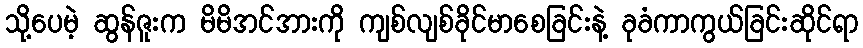
သို့ပေမဲ့ ဆွန်ဇူးက မိမိအင်အားကို ကျစ်လျစ်ခိုင်မာစေခြင်းနဲ့ ခုခံကာကွယ်ခြင်းဆိုင်ရာ